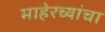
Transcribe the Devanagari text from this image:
माहेरच्यांचा